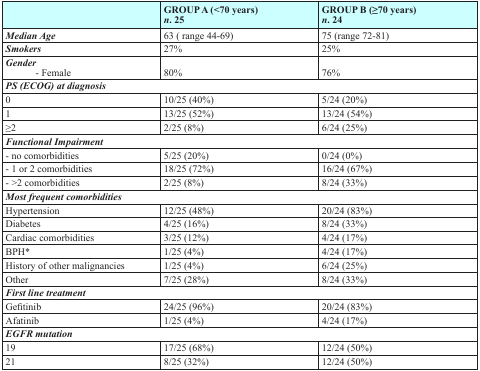
<table><thead><tr><td></td><td><b>GROUP A (&lt;70 years) <i>n</i>. 25</b></td><td><b>GROUP B (≥70 years) <i>n</i>. 24</b></td></tr></thead><tbody><tr><td><b><i>Median Age</i></b></td><td>63 ( range 44-69)</td><td>75 (range 72-81)</td></tr><tr><td><b><i>Smokers</i></b></td><td>27%</td><td>25%</td></tr><tr><td><b><i>Gender</i></b>- Female</td><td>80%</td><td>76%</td></tr><tr><td colspan="3"><b><i>PS (ECOG) at diagnosis</i></b></td></tr><tr><td>0</td><td>10/25 (40%)</td><td>5/24 (20%)</td></tr><tr><td>1</td><td>13/25 (52%)</td><td>13/24 (54%)</td></tr><tr><td>≥2</td><td>2/25 (8%)</td><td>6/24 (25%)</td></tr><tr><td colspan="3"><b><i>Functional Impairment</i></b></td></tr><tr><td>- no comorbidities</td><td>5/25 (20%)</td><td>0/24 (0%)</td></tr><tr><td>- 1 or 2 comorbidities</td><td>18/25 (72%)</td><td>16/24 (67%)</td></tr><tr><td>- &gt;2 comorbidities</td><td>2/25 (8%)</td><td>8/24 (33%)</td></tr><tr><td colspan="3"><b><i>Most frequent comorbidities</i></b></td></tr><tr><td>Hypertension</td><td>12/25 (48%)</td><td>20/24 (83%)</td></tr><tr><td>Diabetes</td><td>4/25 (16%)</td><td>8/24 (33%)</td></tr><tr><td>Cardiac comorbidities</td><td>3/25 (12%)</td><td>4/24 (17%)</td></tr><tr><td>BPH*</td><td>1/25 (4%)</td><td>4/24 (17%)</td></tr><tr><td>History of other malignancies</td><td>1/25 (4%)</td><td>6/24 (25%)</td></tr><tr><td>Other</td><td>7/25 (28%)</td><td>8/24 (33%)</td></tr><tr><td colspan="3"><b><i>First line treatment</i></b></td></tr><tr><td>Gefitinib</td><td>24/25 (96%)</td><td>20/24 (83%)</td></tr><tr><td>Afatinib</td><td>1/25 (4%)</td><td>4/24 (17%)</td></tr><tr><td colspan="3"><b><i>EGFR mutation</i></b></td></tr><tr><td>19</td><td>17/25 (68%)</td><td>12/24 (50%)</td></tr><tr><td>21</td><td>8/25 (32%)</td><td>12/24 (50%)</td></tr></tbody></table>